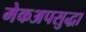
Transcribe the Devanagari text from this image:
मेकअपसुद्धा